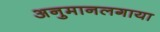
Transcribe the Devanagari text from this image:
अनुमानलगाया